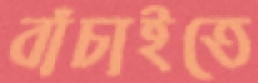
বাঁচাইতে